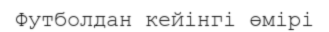
Футболдан кейінгі өмірі